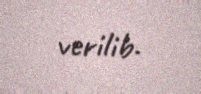
verilib.